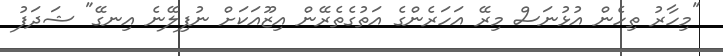
"މިހާރު ތިހެން އުޅުނަސް މިރޭ އަހަރެންގެ އަތުގެތެރޭން އިޒޫއަކަށް ނުފިލޭނެ އިނގޭ" ޝަދަފު